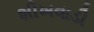
શીખવાડી